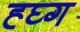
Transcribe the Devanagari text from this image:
ह्घ्ग